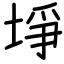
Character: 埩